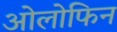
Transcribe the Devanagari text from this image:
ओलोफिन